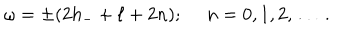
\omega = \pm ( 2 h _ { - } + \ell + 2 n ) ; \ n = 0 , 1 , 2 , \ldots \ .